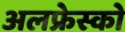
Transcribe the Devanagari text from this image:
अलफ्रेस्को